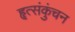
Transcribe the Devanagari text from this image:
हृत्संकुंचन